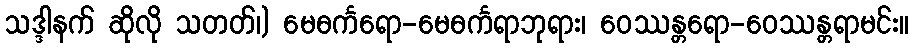
သဒ္ဒါနက် ဆိုလို သတတ်၊) မေဓင်္ကရော-မေဓင်္ကရာဘုရား၊ ဝေဿန္တရော-ဝေဿန္တရာမင်း။